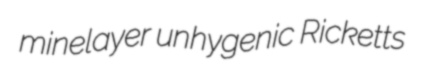
minelayer unhygenic Ricketts